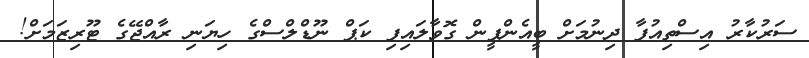
ސަރުކާރު އިސްތިއުފާ ދިނުމަށް ބީއެންޕީން ގޮވާލައިފި ކަޕް ނޫޑްލްސްގެ ހިޔަނި ރާއްޖޭގެ ޓޫރިޒަމަށް!